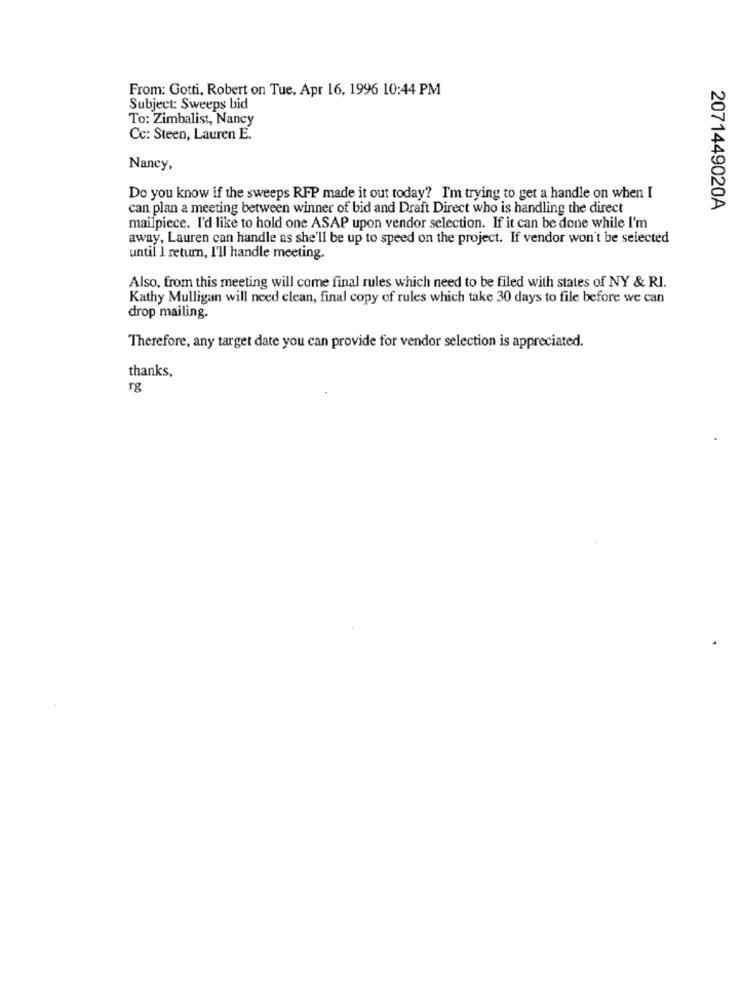
From: Gotti, Robert on Tue, Apr 16, 1996 10:44 PM
Subject: Sweeps bid
To: Zimbalist, Nancy
Cc: Steen, Lauren E.
Nancy,
Do you know if the sweeps RFP made it out today? I'm trying to get a handle on when I
can plan a meeting between winner of bid and Draft Direct who is handling the direct
2071449020A
mailpiece. I'd like to hold one ASAP upon vendor selection. If it can be done while I'm
away, Lauren can handle as she'll be up to speed on the project. If vendor won't be selected
until I return, I'll handle meeting.
Also, from this meeting will come final rules which need to be filed with states of NY & RI.
Kathy Mulligan will need clean, final copy of rules which take 30 days to file before we can
drop mailing.
Therefore, any target date you can provide for vendor selection is appreciated.
thanks,
rg